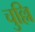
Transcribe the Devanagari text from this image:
चुल्लि